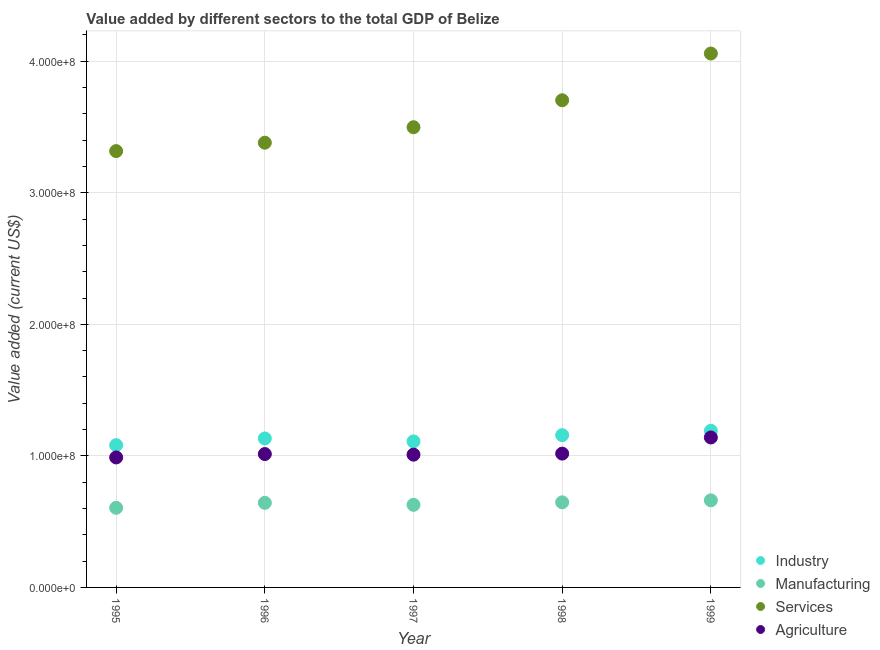
| Year | Industry | Manufacturing | Services | Agriculture |
 | --- | --- | --- | --- | --- |
 | 1995 | 1.08e+08 | 6.05e+07 | 3.32e+08 | 9.88e+07 |
 | 1996 | 1.13e+08 | 6.43e+07 | 3.38e+08 | 1.01e+08 |
 | 1997 | 1.11e+08 | 6.28e+07 | 3.5e+08 | 1.01e+08 |
 | 1998 | 1.16e+08 | 6.47e+07 | 3.7e+08 | 1.02e+08 |
 | 1999 | 1.19e+08 | 6.62e+07 | 4.06e+08 | 1.14e+08 |